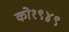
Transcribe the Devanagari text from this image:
को१९४९